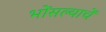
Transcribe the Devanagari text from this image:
भोंसल्याचें